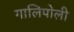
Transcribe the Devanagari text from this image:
गालिपोली